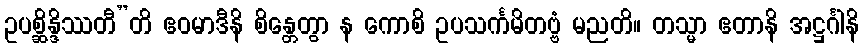
ဥပစ္ဆိန္ဒိဿတီ”တိ ဧဝမာဒီနိ စိန္တေတွာ န ကောစိ ဥပသင်္ကမိတဗ္ဗံ မညတိ။ တသ္မာ ဧတာနိ အဋ္ဌင်္ဂါနိ